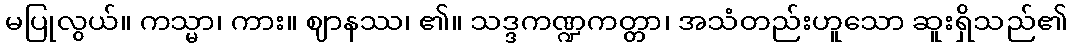
မပြုလွယ်။ ကသ္မာ၊ ကား။ ဈာနဿ၊ ၏။ သဒ္ဒကဏ္ဍကတ္တာ၊ အသံတည်းဟူသော ဆူးရှိသည်၏